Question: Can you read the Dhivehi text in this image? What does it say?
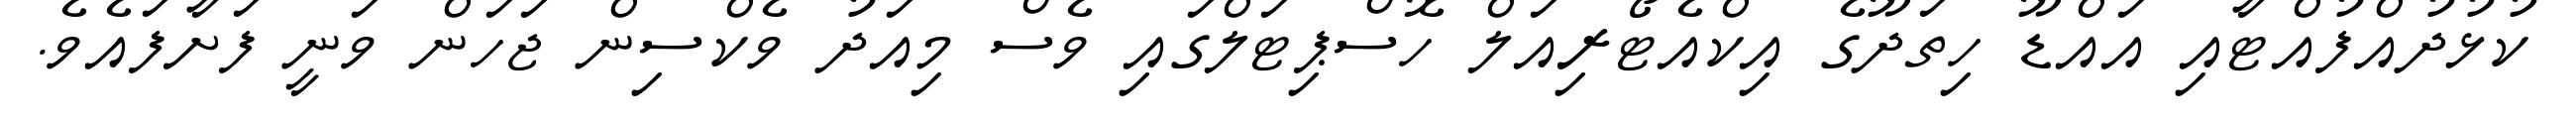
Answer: ކުޅުދުއްފުއްޓާއި އައްޑޫ ހިތަދޫގެ އިކްއެޓޯރިއަލް ހޮސްޕިޓަލްގައި ވެސް މިއަދު ވެކްސިން ޖަހަން ވަނީ ފަށާފައެވެ.